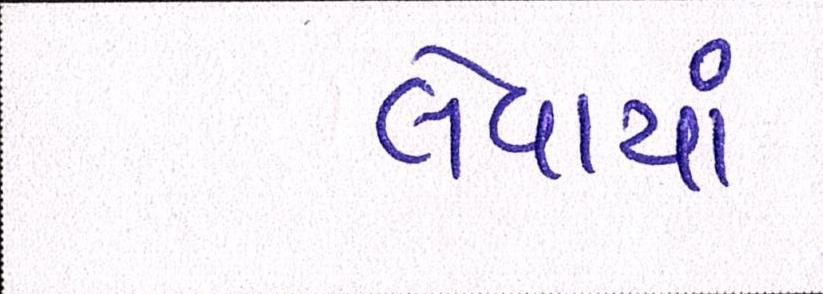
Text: લેવાયાં